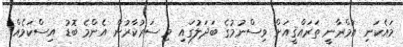
މައެކަނި އުމްރާނީ ތަރައްޤީއަށް ވިސްނުމުގެ ބަދަލުގައި މި ސަރުކާރުން އެންމެ ބޮޑު އިސްކަމެއް